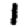
Digit: 1